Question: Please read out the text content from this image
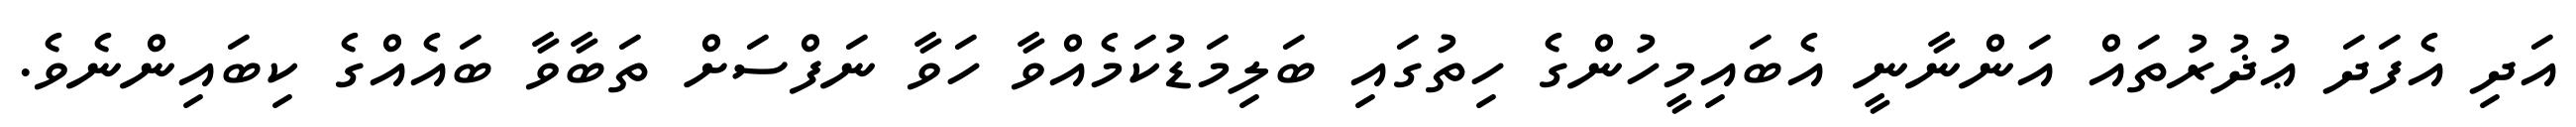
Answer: އަދި އެފަދަ ޢުޛުރުތައް އަންނާނީ އެބައިމީހުންގެ ހިތުގައި ބަލިމަޑުކަމެއްވާ ހަވާ ނަފްސަށް ތަބާވާ ބައެއްގެ ކިބައިންނެވެ.